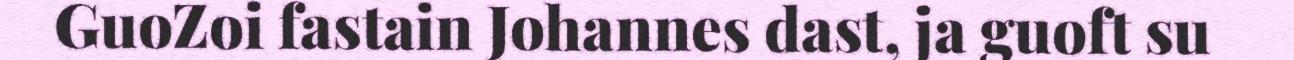
GuoZoi fastain Johannes dast, ja guoft su